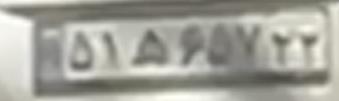
۵۱ه۶۵۷۲۲